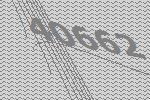
40662